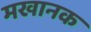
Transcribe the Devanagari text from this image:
मखानक